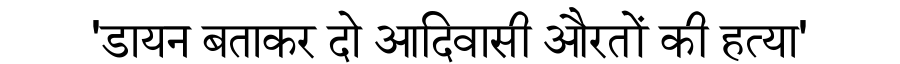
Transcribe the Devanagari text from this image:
'डायन बताकर दो आदिवासी औरतों की हत्या'